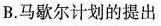
B.马歇尔计划的提出